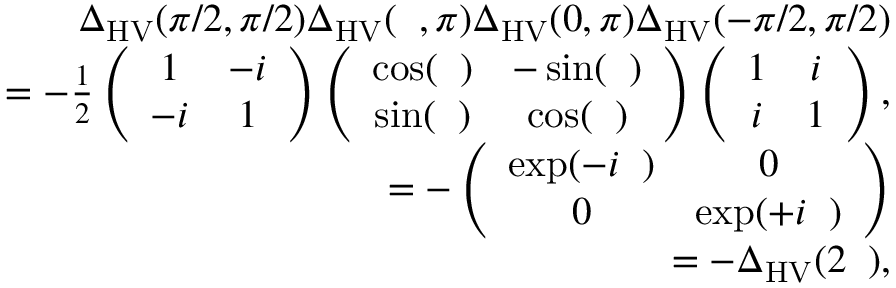
\begin{array} { r l r } & { } & { { \Delta } _ { \mathrm { H V } } ( \pi / 2 , \pi / 2 ) { \Delta } _ { \mathrm { H V } } ( { \it \Delta \phi } , \pi ) { \Delta } _ { \mathrm { H V } } ( 0 , \pi ) { \Delta } _ { \mathrm { H V } } ( - \pi / 2 , \pi / 2 ) } \\ & { } & { = - \frac { 1 } { 2 } \left( \begin{array} { c c } { 1 } & { - i } \\ { - i } & { 1 } \end{array} \right) \left( \begin{array} { c c } { \cos ( { \it \Delta \phi } ) } & { - \sin ( { \it \Delta \phi } ) } \\ { \sin ( { \it \Delta \phi } ) } & { \cos ( { \it \Delta \phi } ) } \end{array} \right) \left( \begin{array} { c c } { 1 } & { i } \\ { i } & { 1 } \end{array} \right) , } \\ & { } & { = - \left( \begin{array} { c c } { \exp ( - i { \it \Delta \phi } ) } & { 0 } \\ { 0 } & { \exp ( + i { \it \Delta \phi } ) } \end{array} \right) } \\ & { } & { = - { \Delta } _ { \mathrm { H V } } ( 2 { \it \Delta \phi } ) , } \end{array}